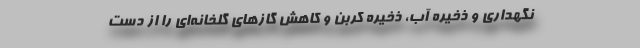
نگهداری و ذخیره آب، ذخیره کربن و کاهش گاز‌های گلخانه‌ای را از دست